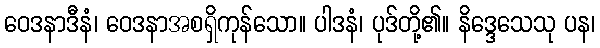
ဝေဒနာဒီနံ၊ ဝေဒနာအစရှိကုန်သော။ ပါဒနံ၊ ပုဒ်တို့၏။ နိဒ္ဒေသေသု ပန၊